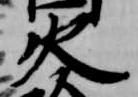
火